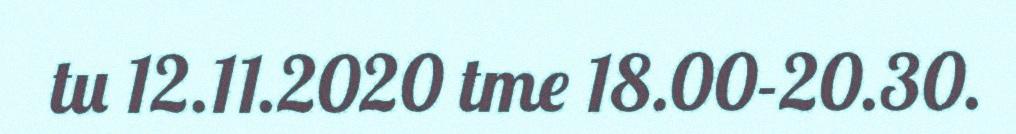
tu 12.11.2020 tme 18.00-20.30.